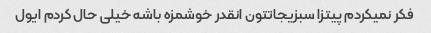
فکر نمیکردم پیتزا سبزیجاتتون انقدر خوشمزه باشه خیلی حال کردم ایول